Lunatic asylums Punjab 1881-1894 - 1881-1894
Year: 1881
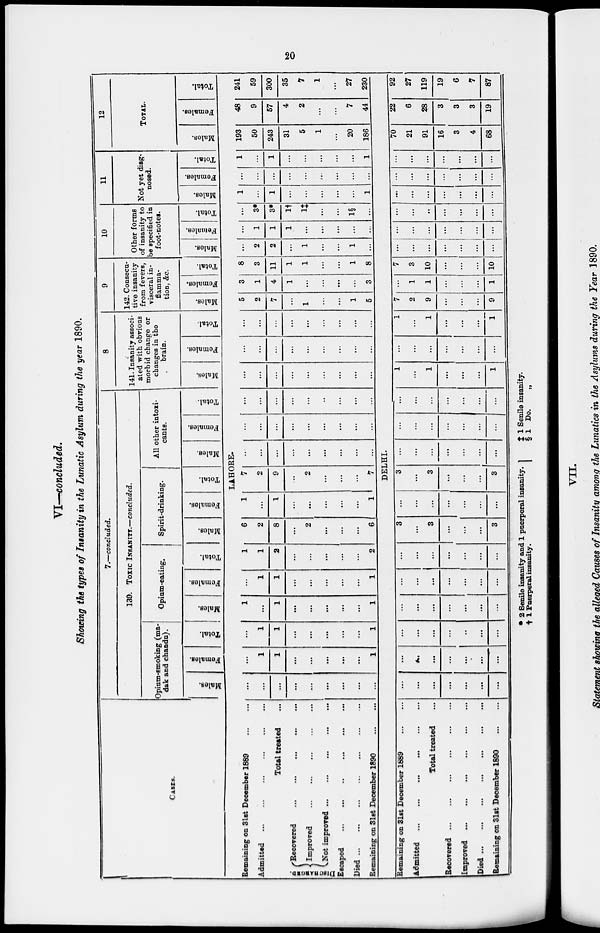
20
VI—concluded.
Showing the types of Insanity in the Lunatic Asylum during the year 1890.
CASES.
7.—concluded.
139. TOXIC INSANITY.—concluded.
Opium-smoking (ma-
dak and chanda).
Males.
Females.
Total.
Opium-eating.
Males.
Femalea.
Total.
Spirit-drinking.
Males.
Females.
Total.
All other intoxi-
cants.
Males.
Females.
Total.
8
141. Insanity associ-
ated with obvious
morbid change or
changes in the
brain.
Males.
Females.
Total.
9
142. Consecu-
tive insanity
from fevers,
visceral in-
flamma-
tion, &c.
Males.
Females.
Total.
10
Other forms
of insanity to
be specified in
foot-notes.
Males.
Females.
Total.
11
Not yet diag-
nosed.
Males.
Females.
Total.
12
TOTAL.
Males.
Females.
Total.
LAHORE.
Remaining on 31st December 1889
...
...
Admitted
...
...
...
...
...
...
Total treated ...
DISCHARGED.
Recovered
...
...
...
...
...
Improved
...
...
...
...
...
Not improved ... ... ... ... ... ...
Escaped
...
...
...
...
...
...
Died ... ... ... ... ... ...
Remaining on 31st December 1890
...
...
...
...
...
...
...
...
1
1
...
...
...
...
...
1
...
1
1
...
...
...
...
...
1
1
...
1
...
...
...
...
...
1
...
1
1
...
...
...
...
...
1
1
1
2
...
...
...
...
...
2
6
2
8
...
2
...
...
...
6
1
...
1
...
...
...
...
...
1
7
2
9
..
2
...
...
...
7
...
...
...
...
...
...
...
...
...
...
...
...
...
...
...
...
...
...
...
...
...
...
...
..
...
...
...
...
...
...
...
...
...
...
...
...
...
...
...
...
...
...
...
...
...
...
...
...
...
...
...
...
...
5
2
7
...
1
...
...
1
5
3
1
4
1
...
...
...
...
3
8
3
11
1
1
...
...
1
8
...
2
2
...
1
...
...
1
...
1
1
1
...
...
...
...
...
...
3*
3*
1 †
1 ‡
...
...
1§
...
1
...
1
...
...
...
...
...
1
...
...
...
...
...
...
...
...
...
1
...
1
...
...
...
...
...
1
193
50
243
31
5
1
...
20
186
48
9
57
4
2
...
...
7
44
241
59
300
35
7
1
...
27
230
DELHI.
Remaining on 31st December 1889
...
...
Admitted ... ... ... ... ... ...
Total treated ...
Recovered
...
...
...
...
...
...
Improved
...
...
...
...
...
...
Died ...
...
...
...
...
...
...
Remaining on 31st December 1890
...
...
...
...
...
...
...
...
...
...
...
...
...
...
...
...
...
...
...
...
..
...
...
...
...
...
...
...
...
...
...
...
...
...
...
...
...
...
...
...
...
...
...
3
...
3
...
...
...
3
...
...
...
...
...
...
...
3
...
3
...
...
...
3
...
...
...
...
...
...
...
...
...
...
...
...
...
...
...
...
...
...
...
...
1
...
1
...
...
...
1
...
...
...
...
...
...
...
1
...
1
...
...
...
1
7
2
9
...
...
...
9
...
1
1
...
...
...
1
7
3
10
...
...
...
10
...
...
...
...
...
...
...
...
...
...
...
...
...
...
...
...
...
...
...
...
...
...
...
...
...
...
...
...
...
...
...
...
...
...
...
...
...
...
...
...
...
70
21
91
16
3
4
68
22
6
28
3
3
3
19
92
27
119
19
6
7
87
* 2 Senile insanity and 1 puerperal insanity.
‡ 1 Puerperal insanity.
‡ 1 Senile insanity.
§ 1 Do. „